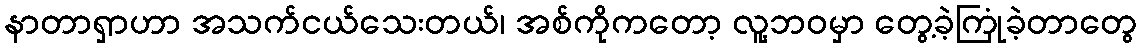
နာတာရှာဟာ အသက်ငယ်သေးတယ်၊ အစ်ကိုကတော့ လူ့ဘဝမှာ တွေ့ခဲ့ကြုံခဲ့တာတွေ